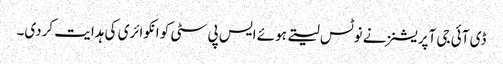
ڈی آئی جی آپریشنز نے نوٹس لیتے ہوئے ایس پی سٹی کو انکوائری کی ہدایت کردی۔